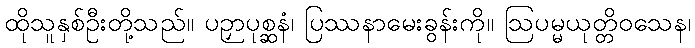
ထိုသူနှစ်ဦးတို့သည်။ ပဉှာပုစ္ဆနံ၊ ပြဿနာမေးခွန်းကို။ ဩပမ္မယုတ္တိဝသေန၊